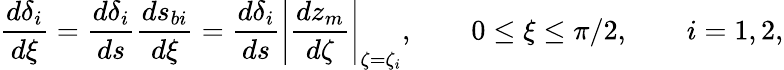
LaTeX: \frac{d\delta_{i}}{d\xi}=\frac{d\delta_{i}}{ds}\frac{ds_{bi}}{d\xi}=\frac{d\delta_{i}}{ds}\left|\frac{dz_{m}}{d\zeta}\right|_{\zeta=\zeta_{i}},\qquad 0\le\xi\le\pi/2,\qquad i=1,2,